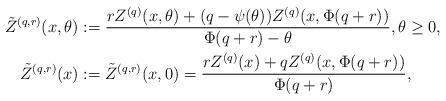
LaTeX: \begin{align*} \tilde{Z}^{(q,r)}(x,\theta ) &:= \frac {rZ^{(q)}(x,\theta )+(q-\psi(\theta ))Z^{(q)}(x,\Phi(q+r))} {\Phi(q+r) - \theta}, \theta \geq 0, \\\tilde{Z}^{(q,r)}(x)&:=\tilde{Z}^{(q,r)}(x, 0) = \frac {rZ^{(q)}(x)+qZ^{(q)}(x,\Phi(q+r))} {\Phi(q+r)},\end{align*}